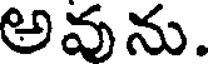
అవును.